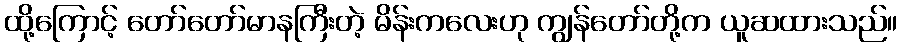
ထို့ကြောင့် တော်တော်မာနကြီးတဲ့ မိန်းကလေးဟု ကျွန်တော်တို့က ယူဆထားသည်။